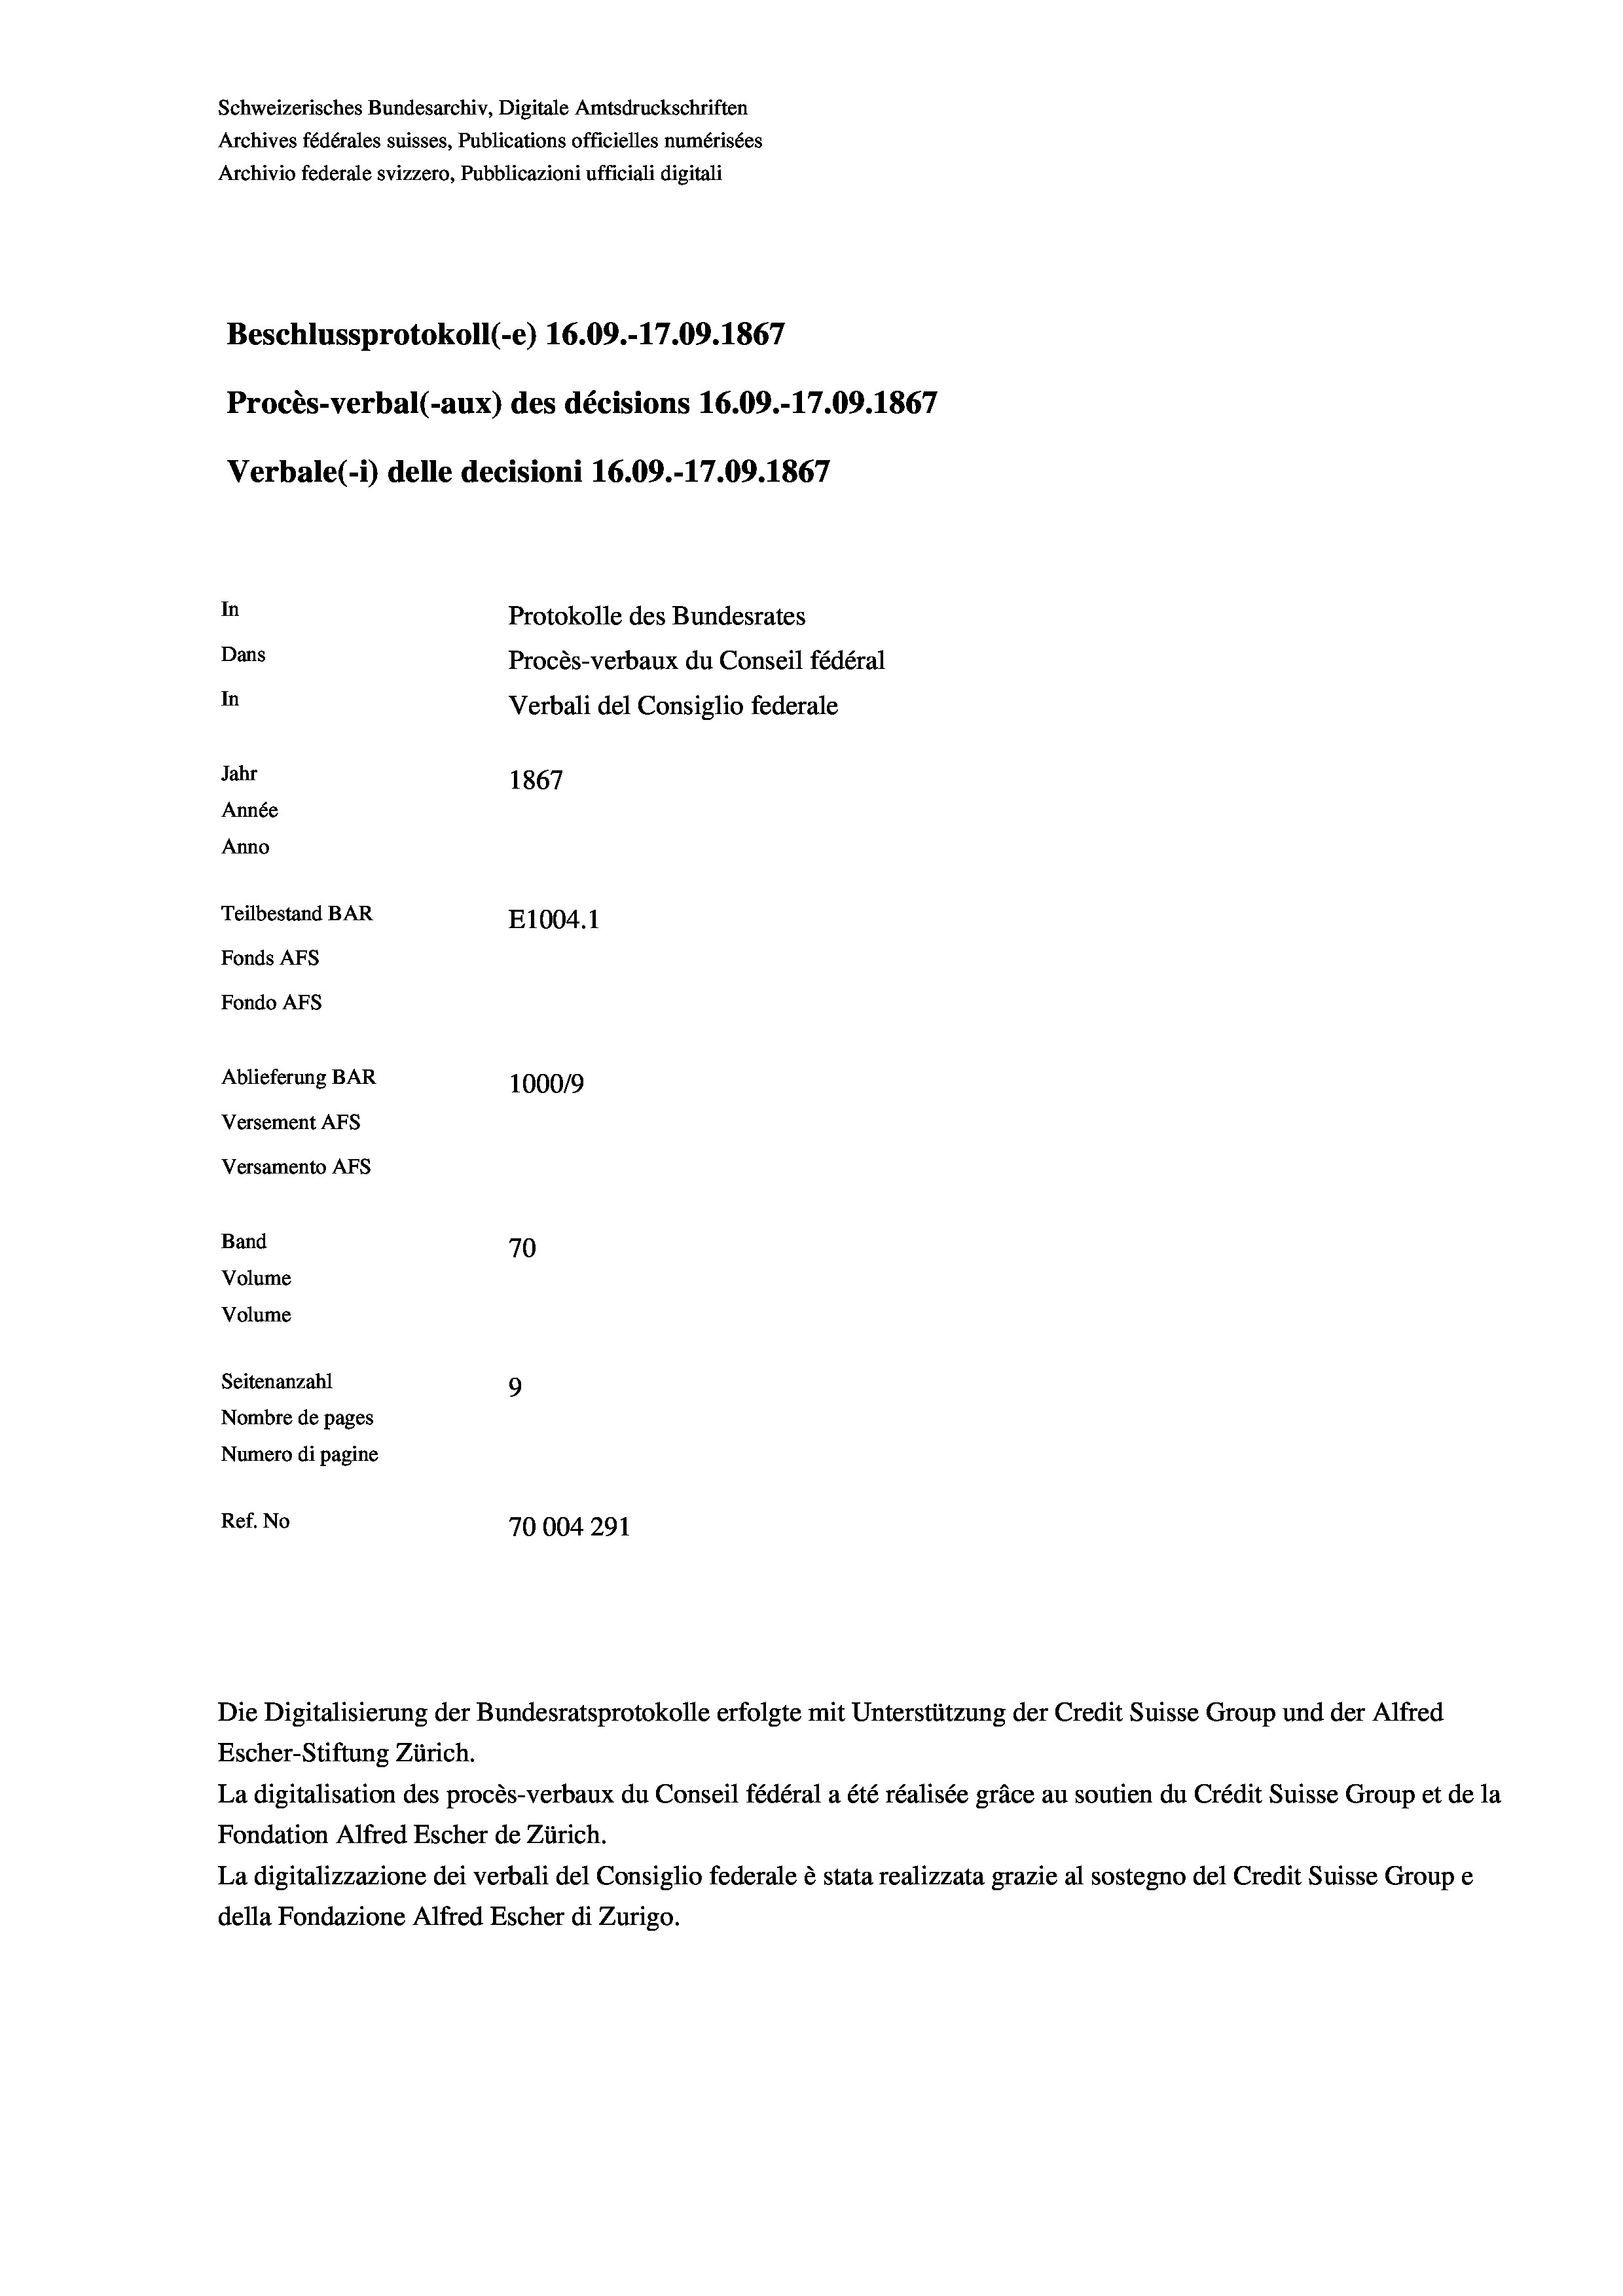
Schweizerisches Bundesarchiv, Digitale Amtsdruckschriften
Archives fédérales suisses, Publications officielles numérisées
Archivio federale svizzero, Pubblicazioni ufficiali digitali
Beschlussprotokoll (-e) 16.09.-17.09. 1867
Procès-verbal (-aux) des décisions 16.09.-17.09. 1867
Verbale(-*) delle decisioni 16.09.-17.09. 1867
In
Protokolle des Bundesrates
Dans
Procès-verbaux du Conseil fédéral
In
Verbali del Consiglio federale
Jahr
1867
Année
Anno
Teilbestand BAR
E1004.1
Fonds AFs
Fondo AFs
Ablieferung BAR
100019
Versement AFs
Versamento AFs
Band
70
Volume
Volume
Seitenanzahl
9
Nombre de pages
Numero di pagine
Ref. No
70004291

Escher-Stiftung Zürich.
La digitalisation des procès-verbaux du Conseil fédéral a été réalisée gräce au soutien du Crédit Suisse Group et de la
Fondation Alfred Escher de Zürich.
La digitalizzazione dei verbali del Consiglio federale è stata realizzata grazie al sostegno del Credit Suisse Groupe
della Fondazione Alfred Escher di Zurigo.

Die Digitalisierung der Bundesratsprotokolle erfolgte mit Unterstützung der Credit Suisse Group und der Alfred